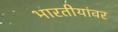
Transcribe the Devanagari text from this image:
भारतीयांवर